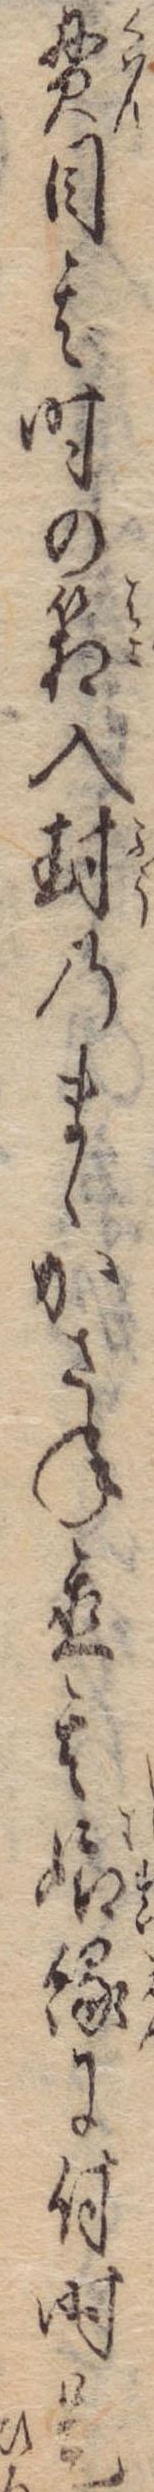
貫目其時の箱入封のまゝかさね置其娘縁に付時是